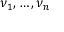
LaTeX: \nu _ { 1 } , \ldots , \nu _ { n }